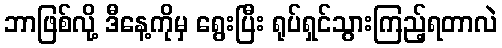
ဘာဖြစ်လို့ ဒီနေ့ကိုမှ ရွေးပြီး ရုပ်ရှင်သွားကြည့်ရတာလဲ